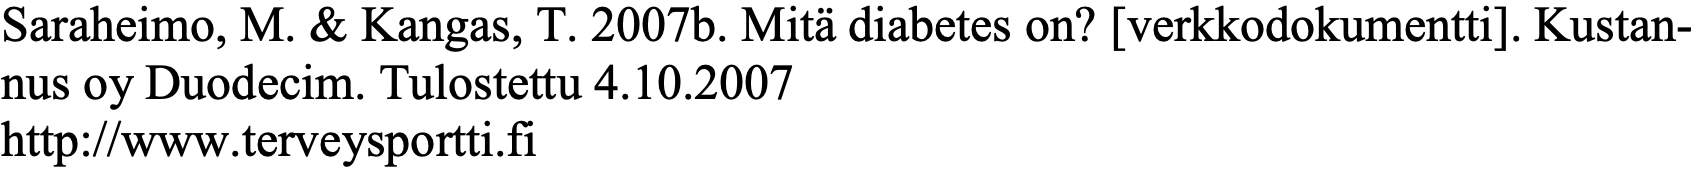
Saraheimo, M. & Kangas, T. 2007b. Mitä diabetes on? [verkkodokumentti]. Kustan- nus oy Duodecim. Tulostettu 4.10.2007 http://www.terveysportti.fi